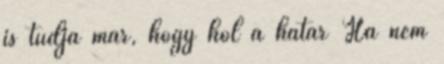
is tudja már, hogy hol a határ Ha nem